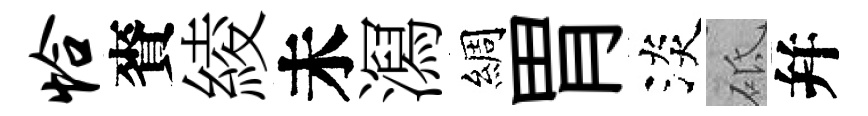
恰賚綾未㵼綢胃淡砥幷